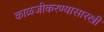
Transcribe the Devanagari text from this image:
काळजीकरण्यासारखी